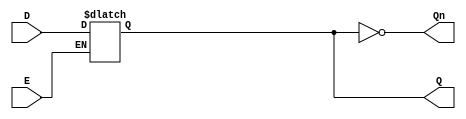
module LatchRegister (
    input wire D,      // Data Input
    input wire E,      // Enable Signal
    output reg Q,      // Output
    output wire Qn     // Complement of Output
);

    // Assign the complement of Q
    assign Qn = ~Q;

    // Always block to implement the latch functionality
    always @(*) begin
        if (E) begin
            Q = D;  // Capture the input data when enable is high
        end
        // When E is low, Q retains its value (holds state)
    end

endmodule